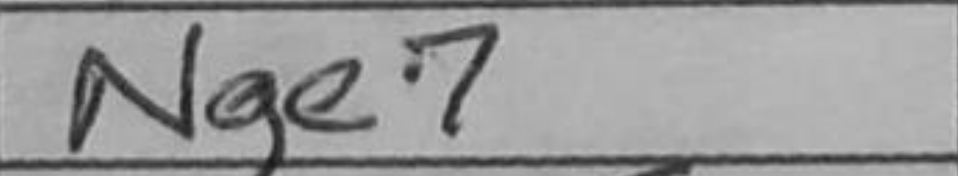
Transcription: Nge7